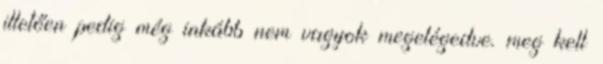
illetően pedig még inkább nem vagyok megelégedve. meg kell